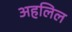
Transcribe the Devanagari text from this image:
अहलिल